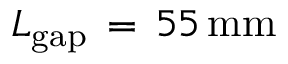
L _ { \mathrm { { g a p } } } \, = \, 5 5 \, \mathrm { { m m } }